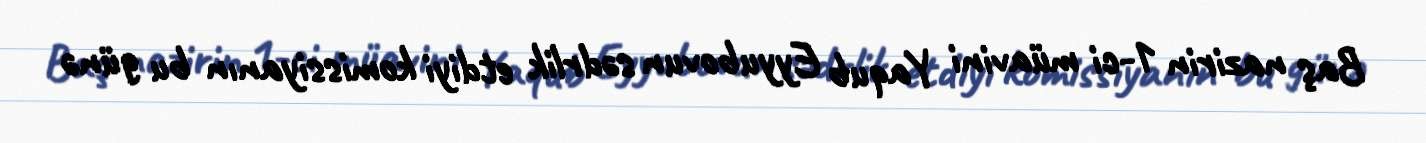
Baş nazirin 1-ci müavini Yaqub Eyyubovun sədrlik etdiyi komissiyanın bu günə